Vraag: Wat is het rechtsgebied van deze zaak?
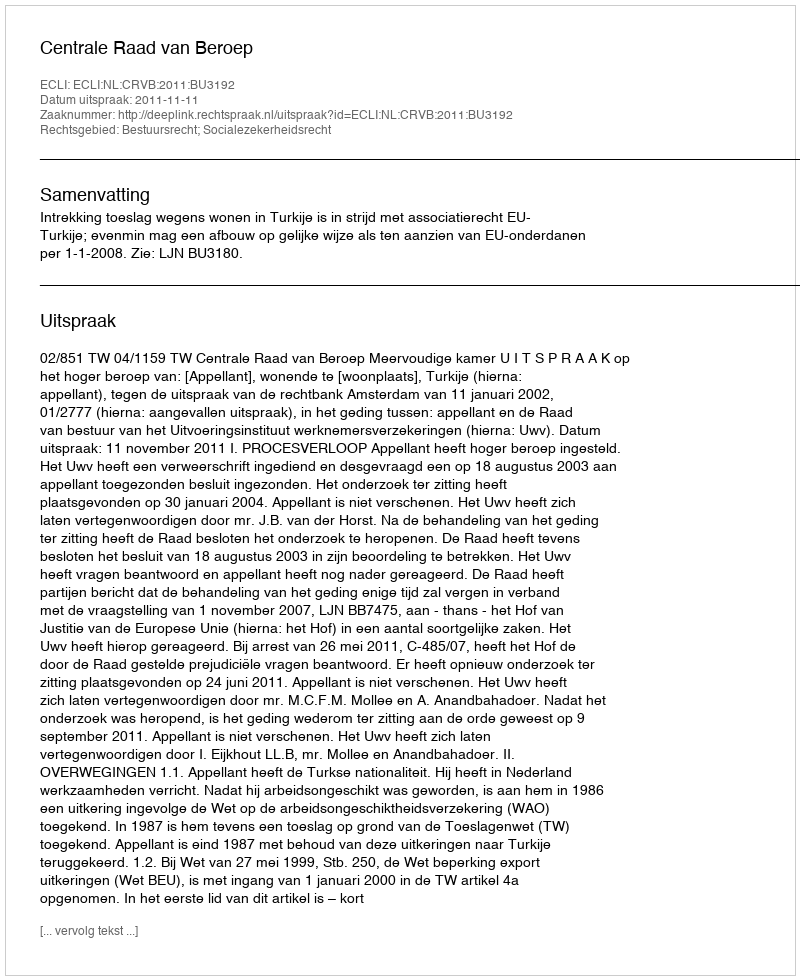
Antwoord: Bestuursrecht; Socialezekerheidsrecht